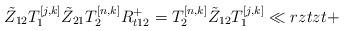
LaTeX: \begin{align*}\tilde Z_{12} T_{1}^{[j,k]}\tilde Z_{21} T^{[n,k]}_{2}{R}_{t12}^+= T^{[n,k]}_{2} \tilde Z_{12} T^{[j,k]}_{1}\ll{rztzt+}\end{align*}